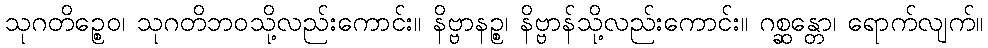
သုဂတိဉ္စေဝ၊ သုဂတိဘဝသို့လည်းကောင်း။ နိဗ္ဗာနဉ္စ၊ နိဗ္ဗာန်သို့လည်းကောင်း။ ဂစ္ဆန္တော၊ ရောက်လျက်။